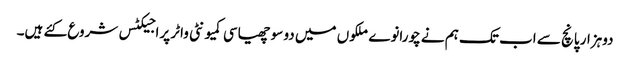
دوہزار پانچ سے اب تک ہم نے چورانوے ملکوں میں دو سو چھیاسی کمیونٹی واٹر پراجیکٹس شروع کئے ہیں۔